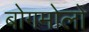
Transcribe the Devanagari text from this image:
बोगमोलों